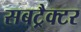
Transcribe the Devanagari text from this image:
सबट्रैक्टर